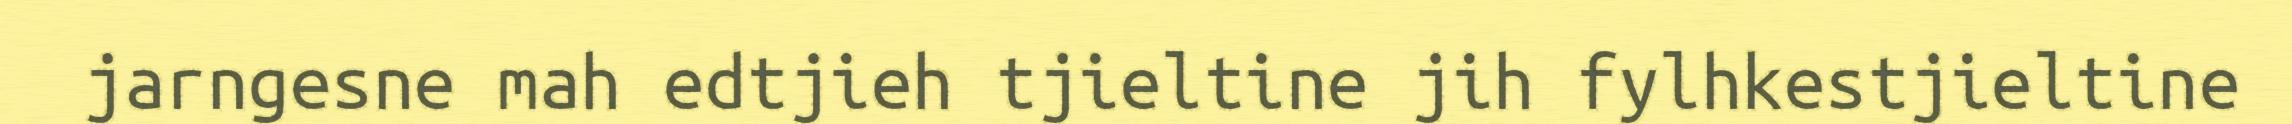
jarngesne mah edtjieh tjieltine jih fylhkestjieltine